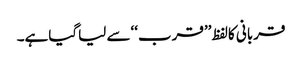
قربانی کالفظ ’’قرب‘‘سے لیاگیاہے۔